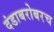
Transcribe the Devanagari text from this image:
दंडाबरोबरच